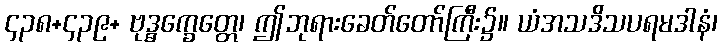
၄၃၈+၄၃၉+ ဗုဒ္ဓက္ခေတ္တေ၊ ဤဘုရားခေတ်တော်ကြီး၌။ ယံအသဒိသပရမဒါနံ၊